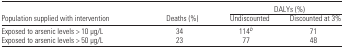
|  |  | <COLSPAN=2> DALYs (%) |
 | Population supplied with intervention | Deaths (%) | Undiscounted | Discounted at 3% |
 | --- | --- | --- | --- |
 | Exposed to arsenic levels > 10 μg/L | 34 | 114b | 71 |
 | Exposed to arsenic levels > 50 μg/L | 23 | 77 | 48 |